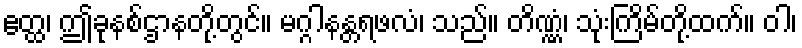
ဧတ္ထ၊ ဤခုနစ်ဌာနတို့တွင်။ မဂ္ဂါနန္တရဖလံ၊ သည်။ တိဏ္ဏံ၊ သုံးကြိမ်တို့ထက်။ ဝါ၊